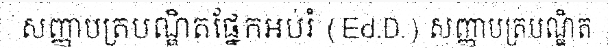
សញ្ញាបត្របណ្ឌិតផ្នែកអប់រំ (Ed.D.) សញ្ញាបត្របណ្ឌិត